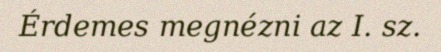
Érdemes megnézni az I. sz.